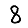
Digit: 8